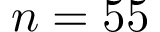
n = 5 5